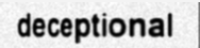
deceptional